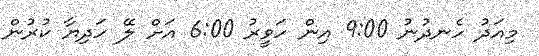
މިއަދު ހެނދުނު 9:00 އިން ހަވީރު 6:00 އަށް ލޭ ހަދިޔާ ކުރުން